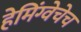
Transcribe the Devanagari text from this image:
हेमिंग्वेचेच